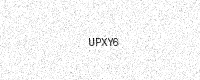
Text: UPXY6